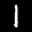
Label: 1